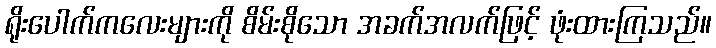
ရိုးပေါက်ကလေးများကို စိမ်းစိုသော အခက်အလက်ဖြင့် ဖုံးထားကြသည်။